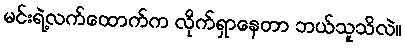
မင်းရဲ့လက်ထောက်က လိုက်ရှာနေတာ ဘယ်သူသိလဲ။